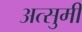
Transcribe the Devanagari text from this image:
अत्सुमी